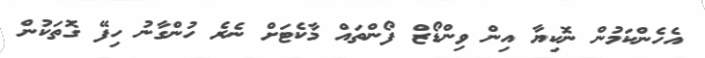
އެހެންކަމުން ނޮކިޔާ އިން ވިންޑޯޒް ފޯންތައް މާކެޓަށް ނެރެ ހުންގާނު ހިފޭ ގޮތަކުން